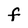
Character: F